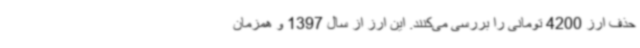
حذف ارز 4200 تومانی را بررسی می‌کنند. این ارز از سال 1397 و همزمان